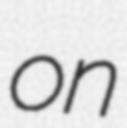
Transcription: on